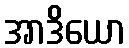
အာဒိယော